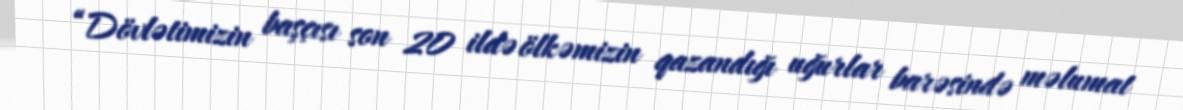
“Dövlətimizin başçısı son 20 ildə ölkəmizin qazandığı uğurlar barəsində məlumat